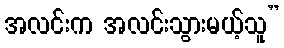
အလင်းက အလင်းသွားမယ့်သူ”